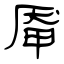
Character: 厣